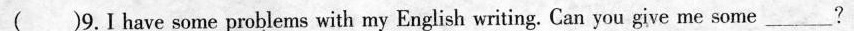
( )9.I have some problems with my English writing. Can you give me some ___ ?